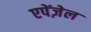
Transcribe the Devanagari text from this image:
एपेंज़ेल